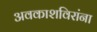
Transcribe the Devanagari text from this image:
अवकाशविरांना